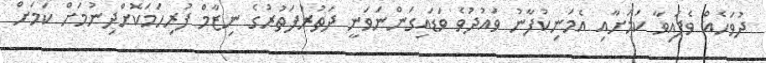
ދުވަހެއް ވެފައިވާ ކަމަށާއި އެމަނިކުފާނު ވައުދުވެ ވަޑައިގަންނަވަނީ ދަތުރުފަތުރުގެ ނިޒާމް ފުރިހަމަކޮށްދިނުމަށް ކަމަށް